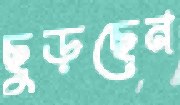
ছুড়ছেন